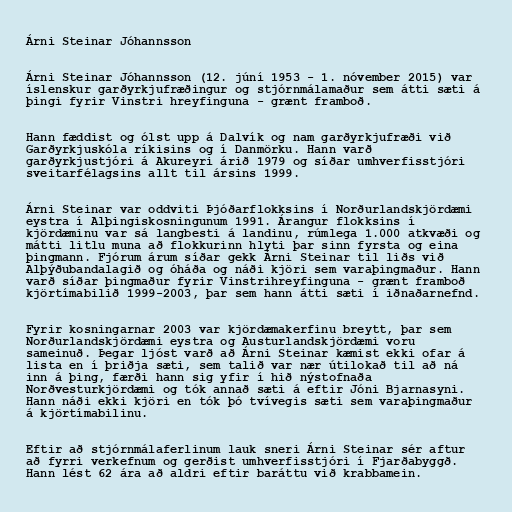
Árni Steinar Jóhannsson

Árni Steinar Jóhannsson (12. júní 1953 - 1. nóvember 2015) var
íslenskur garðyrkjufræðingur og stjórnmálamaður sem átti sæti á
þingi fyrir Vinstri hreyfinguna - grænt framboð.

Hann fæddist og ólst upp á Dalvík og nam garðyrkjufræði við
Garðyrkjuskóla ríkisins og í Danmörku. Hann varð
garðyrkjustjóri á Akureyri árið 1979 og síðar umhverfisstjóri
sveitarfélagsins allt til ársins 1999.

Árni Steinar var oddviti Þjóðarflokksins í Norðurlandskjördæmi
eystra í Alþingiskosningunum 1991. Árangur flokksins í
kjördæminu var sá langbesti á landinu, rúmlega 1.000 atkvæði og
mátti litlu muna að flokkurinn hlyti þar sinn fyrsta og eina
þingmann. Fjórum árum síðar gekk Árni Steinar til liðs við
Alþýðubandalagið og óháða og náði kjöri sem varaþingmaður. Hann
varð síðar þingmaður fyrir Vinstrihreyfinguna - grænt framboð
kjörtímabilið 1999-2003, þar sem hann átti sæti í iðnaðarnefnd.

Fyrir kosningarnar 2003 var kjördæmakerfinu breytt, þar sem
Norðurlandskjördæmi eystra og Austurlandskjördæmi voru
sameinuð. Þegar ljóst varð að Árni Steinar kæmist ekki ofar á
lista en í þriðja sæti, sem talið var nær útilokað til að ná
inn á þing, færði hann sig yfir í hið nýstofnaða
Norðvesturkjördæmi og tók annað sæti á eftir Jóni Bjarnasyni.
Hann náði ekki kjöri en tók þó tvívegis sæti sem varaþingmaður
á kjörtímabilinu.

Eftir að stjórnmálaferlinum lauk sneri Árni Steinar sér aftur
að fyrri verkefnum og gerðist umhverfisstjóri í Fjarðabyggð.
Hann lést 62 ára að aldri eftir baráttu við krabbamein.